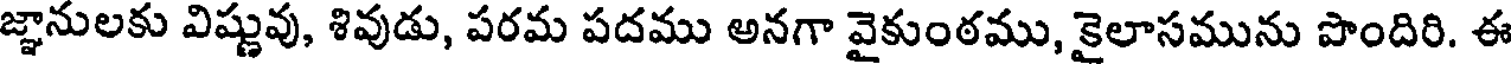
జ్ఞానులకు విష్ణువు, శివుడు, పరమ పదము అనగా వైకుంఠము, కైలాసమును పొందిరి. ఈ